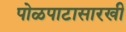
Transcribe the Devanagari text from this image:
पोळपाटासारखी